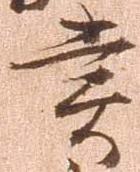
賞